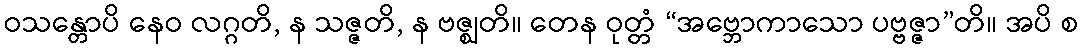
ဝသန္တောပိ နေဝ လဂ္ဂတိ, န သဇ္ဇတိ, န ဗဇ္ဈတိ။ တေန ဝုတ္တံ “အဗ္ဘောကာသော ပဗ္ဗဇ္ဇာ”တိ။ အပိ စ